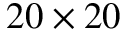
2 0 \times 2 0